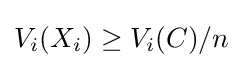
V_{i}(X_{i})\geq V_{i}(C)/n